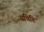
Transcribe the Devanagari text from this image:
सथिति